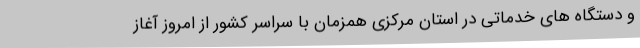
و دستگاه های خدماتی در استان مرکزی همزمان با سراسر کشور از امروز آغاز